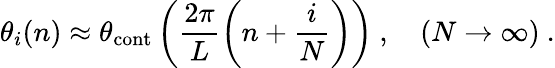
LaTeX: \theta_{i}(n)\approx\theta_{\mathrm{cont}}\left(\frac{2\pi}{L}\left(n+\frac{i}{N}\right)\right)\ ,\quad(N\to\infty)\ .